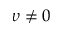
\upsilon \neq 0